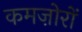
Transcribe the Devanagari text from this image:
कमज़ोरों